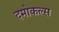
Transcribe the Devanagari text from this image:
दमोकल्स